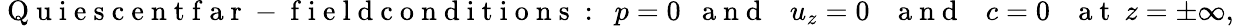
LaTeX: \mathrm{~Q~u~i~e~s~c~e~n~t~f~a~r~-~f~i~e~l~d~c~o~n~d~i~t~i~o~n~s~:~}~p=0~~\mathrm{~a~n~d~}~~~u_{z}=0~~~\mathrm{~a~n~d~}~~~c=0~~~\mathrm{~a~t~}~z=\pm\infty,